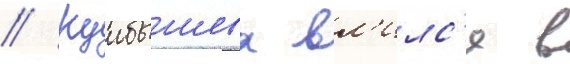
// Куибышева вл'илс'я в